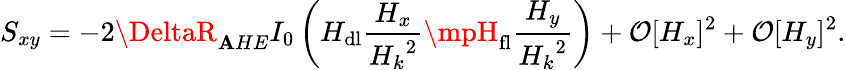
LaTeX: S_{xy}=-2\DeltaR_{\mathbf{A}HE}I_{0}\left(H_{\mathrm{{dl}}}\frac{{H_{x}}}{{{H_{k}}^{2}}}\mpH_{\mathrm{{fl}}}\frac{{H_{y}}}{{{H_{k}}^{2}}}\right)+\mathcal{{O}}[H_{x}]^{2}+\mathcal{{O}}[H_{y}]^{2}.